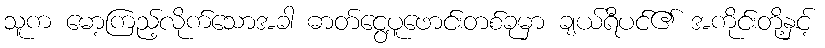
သူက မော့ကြည့်လိုက်သောအခါ ဓာတ်ငွေ့ပူဖောင်းတစ်ခုမှာ ချယ်ရီပင်၏ အကိုင်းတို့နှင့်